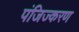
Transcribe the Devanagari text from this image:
पंजिज्करण